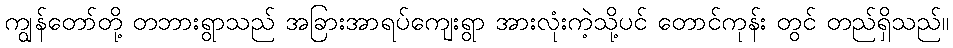
ကျွန်တော်တို့ တဘားရွာသည် အခြားအာရပ်ကျေးရွာ အားလုံးကဲ့သို့ပင် တောင်ကုန်း တွင် တည်ရှိသည်။